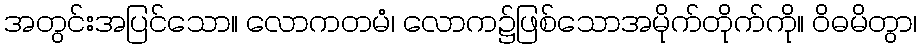
အတွင်းအပြင်သော။ လောကတမံ၊ လောက၌ဖြစ်သောအမိုက်တိုက်ကို။ ဝိဓမိတွာ၊